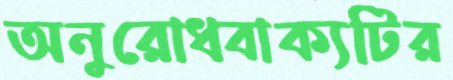
অনুরোধবাক্যটির